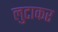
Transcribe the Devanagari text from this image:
लुटाकर